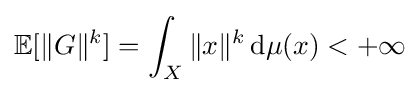
\mathbb {E} [\|G\|^{k}]=\int _{X}\|x\|^{k}\,\mathrm {d} \mu (x)<+\infty